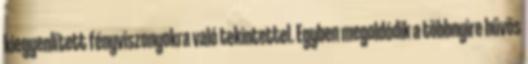
kiegyenlített fényviszonyokra való tekintettel. Egyben megoldódik a többnyire hűvös